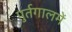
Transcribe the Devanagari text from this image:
पुर्तगालमें